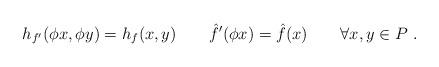
LaTeX: \begin{align*} h_{f'}(\phi x,\phi y)=h_f(x,y)\qquad\hat{f}'(\phi x)=\hat{f}(x)\qquad\forall x,y\in P\ . \end{align*}